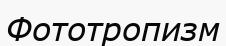
Фототропизм